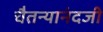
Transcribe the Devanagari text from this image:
चैतन्यानंदजी